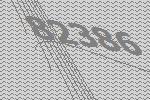
82386